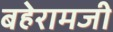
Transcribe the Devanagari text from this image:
बहेरामजी